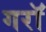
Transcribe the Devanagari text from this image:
गराॅ